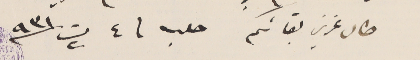
طال عزيز بقائكم حلب  ٤ ت٢ / ٩٣١